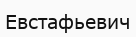
Евстафьевич